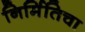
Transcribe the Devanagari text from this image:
निर्मितिचा